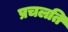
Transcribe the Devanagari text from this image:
प्रचलति